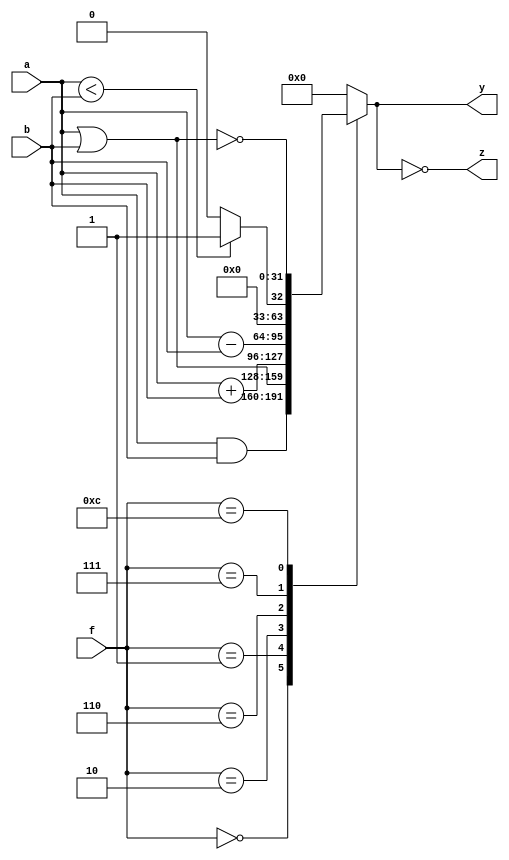
//32ALU   
module alu(
    input [31:0] a,b,
    input [3:0] f,
    output reg [31:0] y,
    output z
); 
assign z = (y==0);
always@(*)
    case(f)
        4'b0000: y <= a & b;
        4'b0001: y <= a | b;
        4'b0010: y <= a + b;
        4'b0110: y <= a - b;
        4'b0111: y <= (a<b)?1:0;
        4'b1100: y <= ~(a|b);
        default: y  <= 0;
    endcase
endmodule